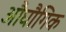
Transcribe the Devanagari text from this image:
औघौगिक